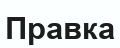
Правка